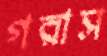
গরাস